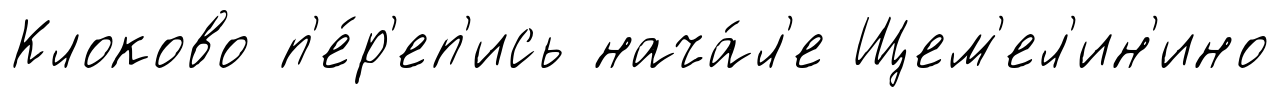
Клоково п'е́р'еп'ись нача́л'е Щем'ел'ин'ино